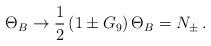
LaTeX: \begin{align*}\Theta_B \to \frac{1}{2} \left( 1 \pm G_9 \right) \Theta_B = N_\pm \,. \end{align*}